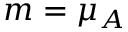
m = \mu _ { A }